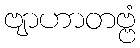
ဗျာဟာတဗ္ဗံ